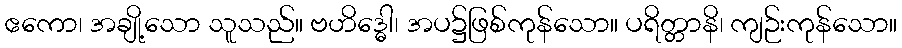
ဧကော၊ အချို့သော သူသည်။ ဗဟိဒ္ဓေါ၊ အပ၌ဖြစ်ကုန်သော။ ပရိတ္တာနိ၊ ကျဉ်းကုန်သော။